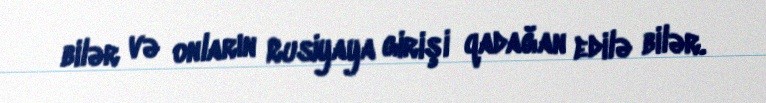
bilər və onların Rusiyaya girişi qadağan edilə bilər.